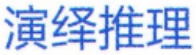
演绎推理